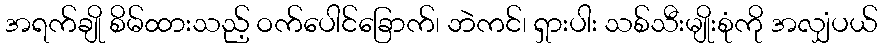
အရက်ချို စိမ်ထားသည့် ဝက်ပေါင်ခြောက်၊ ဘဲကင်၊ ရှားပါး သစ်သီးမျိုးစုံကို အလျှံပယ်